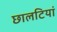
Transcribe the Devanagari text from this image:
छालटियां